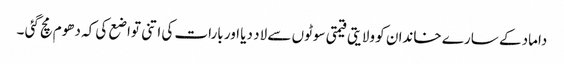
داماد کے سارے خاندان کو ولایتی قیمتی سوٹوں سے لاد دیا اور بارات کی اتنی تواضع کی کہ دھوم مچ گئی ۔